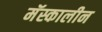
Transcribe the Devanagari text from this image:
मॅस्कालीन